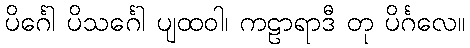
ပိင်္ဂေါ ပိသင်္ဂေါ ပျထဝါ၊ ကဠာရာဒီ တု ပိင်္ဂလေ။